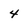
Character: 4